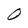
Character: 0